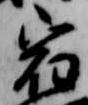
宿